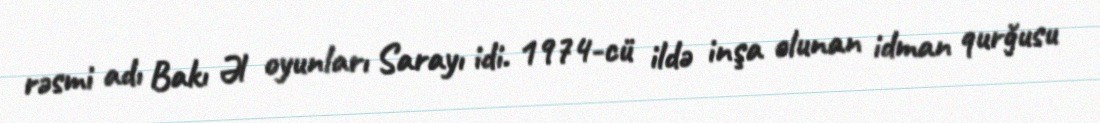
rəsmi adı Bakı Əl oyunları Sarayı idi. 1974-cü ildə inşa olunan idman qurğusu